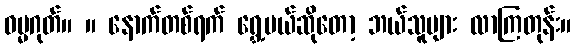
ဓမ္မဂုတ်။ ။ နောက်တစ်ရက် ရွှေ့မယ်ဆိုတော့ ဘယ်သူများ လာကြတုန်း။